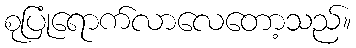
စုပြုံရောက်လာလေတော့သည်။